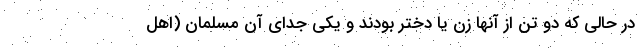
در حالی که دو تن از آنها زن یا دختر بودند و یکی جدای آن مسلمان (اهل